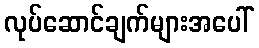
လုပ်ဆောင်ချက်များအပေါ်